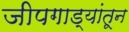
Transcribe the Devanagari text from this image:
जीपगाड्यांतून